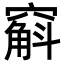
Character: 𫁚